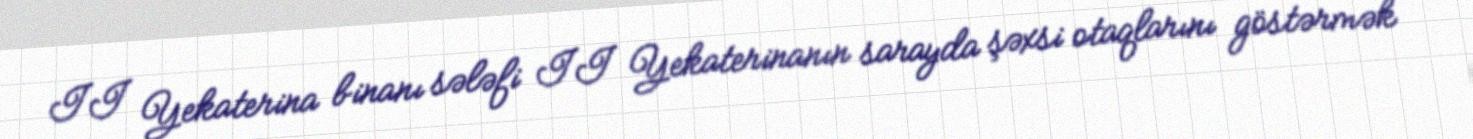
II Yekaterina binanı sələfi II Yekaterinanın sarayda şəxsi otaqlarını göstərmək